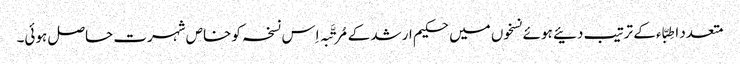
متعدد اطِبّاء کے ترتیب دئیے ہوئے نسخوں میں حکیم ارشد کے مُرتَّبہ اِس نسخہ کو خاص شہرت حاصل ہوئی۔